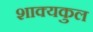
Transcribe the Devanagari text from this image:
शाक्यकुल